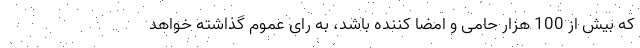
که بیش از 100 هزار حامی و امضا کننده باشد، به رای عموم گذاشته خواهد